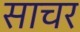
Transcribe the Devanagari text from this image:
साचर